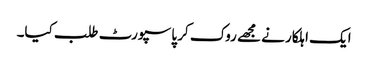
ایک اہلکار نے مجھے روک کر پاسپورٹ طلب کیا۔